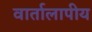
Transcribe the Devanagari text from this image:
वार्तालापीय